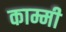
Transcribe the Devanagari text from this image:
काम्मी